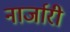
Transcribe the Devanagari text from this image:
नार्जारी